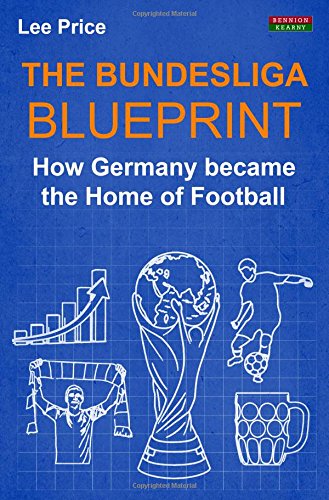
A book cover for The Bundesliga Blueprint: How Germany became the Home of Football; Lee Price; Sports & Outdoors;